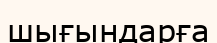
шығындарға